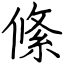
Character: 絛